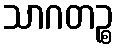
သာဂတဉ္စ